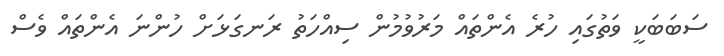
ސަބަބަކީ ވަތުގައި ހުރެ އެންތައް މަރުވުމުން ސިއްހަތު ރަނގަޅަށް ހުންނަ އެންތައް ވެސް